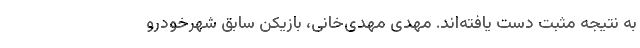
به نتیجه مثبت دست یافته‌اند. مهدی مهدی‌خانی، بازیکن سابق شهرخودرو